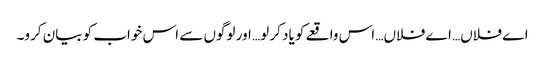
اے فلاں… اے فلاں… اس واقعے کو یاد کر لو… اور لوگوں سے اس خواب کو بیان کرو۔